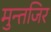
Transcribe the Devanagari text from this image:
मुन्तजिर